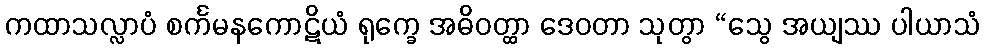
ကထာသလ္လာပံ စင်္ကမနကောဋိယံ ရုက္ခေ အဓိဝတ္ထာ ဒေဝတာ သုတွာ “သွေ အယျဿ ပါယာသံ